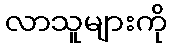
လာသူများကို